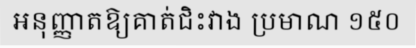
អនុញ្ញាតឱ្យគាត់ជិះវាង ប្រមាណ ១៥០